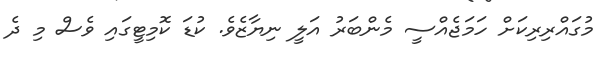
މުގައްރިރިކަށް ހަމަޖެއްސީ މެންބަރު އަލީ ނިޔާޒެވެ. ކުޑަ ކޮމިޓީގައި ވެސް މި ދެ